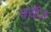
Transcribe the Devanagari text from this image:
चर्चेंज